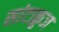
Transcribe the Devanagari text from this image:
सांटाक्रुज